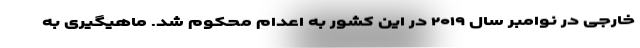
خارجی در نوامبر سال ۲۰۱۹ در این کشور به اعدام محکوم شد. ماهیگیری به